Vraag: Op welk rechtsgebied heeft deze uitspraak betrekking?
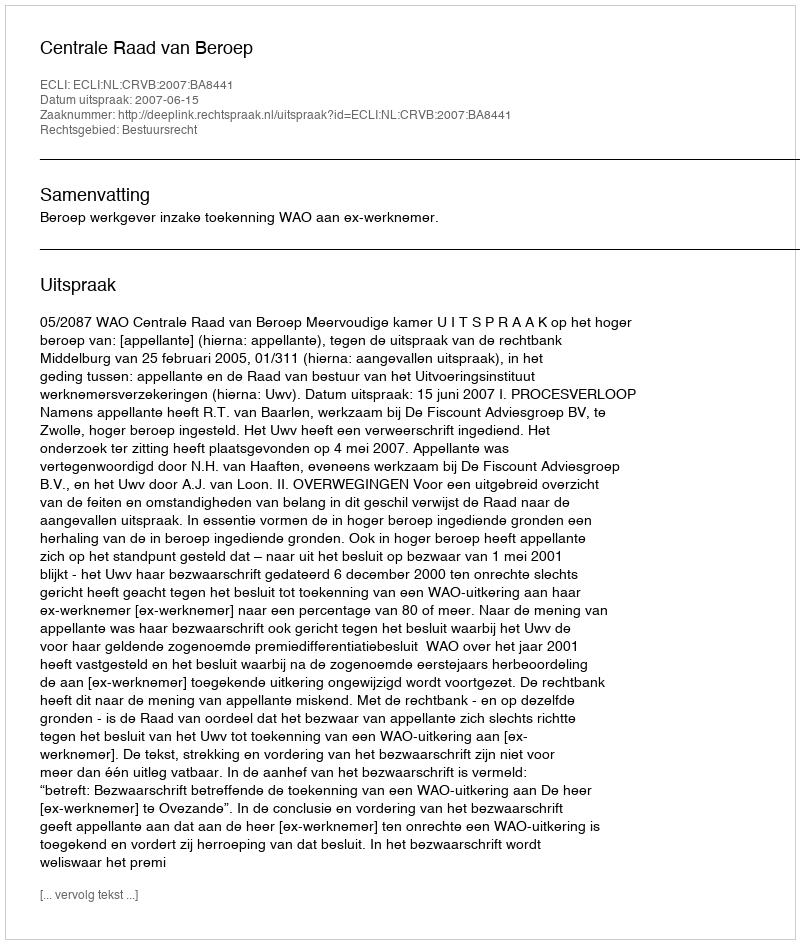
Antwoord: Bestuursrecht